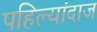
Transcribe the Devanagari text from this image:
पहिल्यांदाज